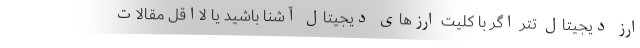
ارز دیجیتال تتر اگر با کلیت ارزهای دیجیتال آشنا باشید یا لااقل مقالات